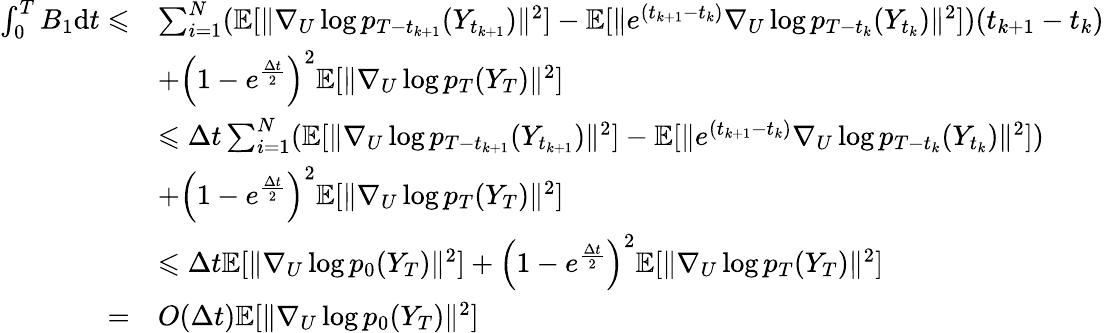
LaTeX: \begin{array}{rl}{\int_{0}^{T}B_{1}\mathrm{d}t\leqslant}&{\sum_{i=1}^{N}(\mathbb{E}[\| \nabla_{U}\log p_{T-t_{k+1}}(Y_{t_{k+1}})\| ^{2}]-\mathbb{E}[\| e^{(t_{k+1}-t_{k})}\nabla_{U}\log p_{T-t_{k}}(Y_{t_{k}})\| ^{2}])(t_{k+1}-t_{k})}\\ &{+\left(1-e^{\frac{\Delta t}{2}}\right)^{2}\mathbb{E}[\| \nabla_{U}\log p_{T}(Y_{T})\| ^{2}]}\\ &{\leqslant\Delta t\sum_{i=1}^{N}(\mathbb{E}[\| \nabla_{U}\log p_{T-t_{k+1}}(Y_{t_{k+1}})\| ^{2}]-\mathbb{E}[\| e^{(t_{k+1}-t_{k})}\nabla_{U}\log p_{T-t_{k}}(Y_{t_{k}})\| ^{2}])}\\ &{+\left(1-e^{\frac{\Delta t}{2}}\right)^{2}\mathbb{E}[\| \nabla_{U}\log p_{T}(Y_{T})\| ^{2}]}\\ &{\leqslant\Delta t\mathbb{E}[\| \nabla_{U}\log p_{0}(Y_{T})\| ^{2}]+\left(1-e^{\frac{\Delta t}{2}}\right)^{2}\mathbb{E}[\| \nabla_{U}\log p_{T}(Y_{T})\| ^{2}]}\\ {=}&{O(\Delta t)\mathbb{E}[\| \nabla_{U}\log p_{0}(Y_{T})\| ^{2}]}\end{array}